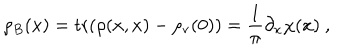
LaTeX: \rho _ { B } ( x ) = \mathrm { t r } ( \rho ( x , x ) - \rho _ { \mathrm { v } } ( 0 ) ) = \frac { 1 } { \pi } \partial _ { x } \chi ( x ) \ ,